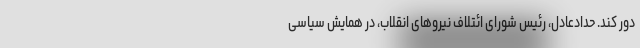
دور کند. حدادعادل، رئیس شورای ائتلاف نیروهای انقلاب، در همایش سیاسی